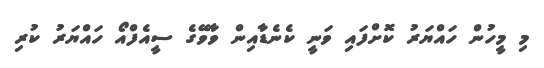
މި މީހުން ހައްޔަރު ކޮށްފައި ވަނީ ކެނެޑާއިން ވާވޭގެ ސީއެފްއޯ ހައްޔަރު ކުރި